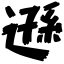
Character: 遜